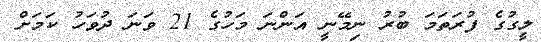
ލީގުގެ ފުރަތަމަ ބުރު ނިމޭނީ އަންނަ މަހުގެ 21 ވަނަ ދުވަހު ކަމަށް